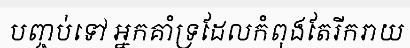
បញ្ចប់ទៅ អ្នកគាំទ្រដែលកំពុងតែរីករាយ